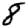
Digit: 8